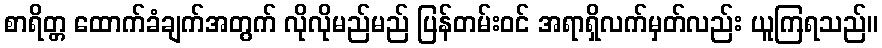
စာရိတ္တ ထောက်ခံချက်အတွက် လိုလိုမည်မည် ပြန်တမ်းဝင် အရာရှိလက်မှတ်လည်း ယူကြရသည်။